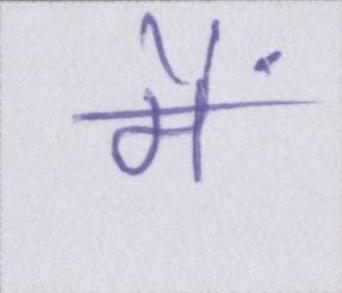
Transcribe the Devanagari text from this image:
मैं